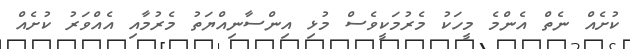
ކުށެއް ނެތް އެންމެ މީހަކު މެރުމަކީވެސް މުޅި އިންސާނިއްޔަތު މެރުމާއި އެއްވަރު ކުށެއް